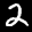
Label: 2